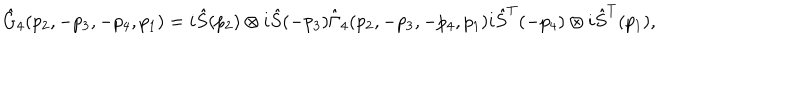
\hat { G } _ { 4 } ( p _ { 2 } , - p _ { 3 } , - p _ { 4 } , p _ { 1 } ) = i \hat { S } ( p _ { 2 } ) \otimes i \hat { S } ( - p _ { 3 } ) \hat { \Gamma } _ { 4 } ( p _ { 2 } , - p _ { 3 } , - p _ { 4 } , p _ { 1 } ) i \hat { S } ^ { T } ( - p _ { 4 } ) \otimes i \hat { S } ^ { T } ( p _ { 1 } ) ,